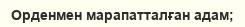
Oрденмен марапатталған адам;